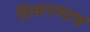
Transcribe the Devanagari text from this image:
विचारण्याचं